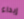
إبداء